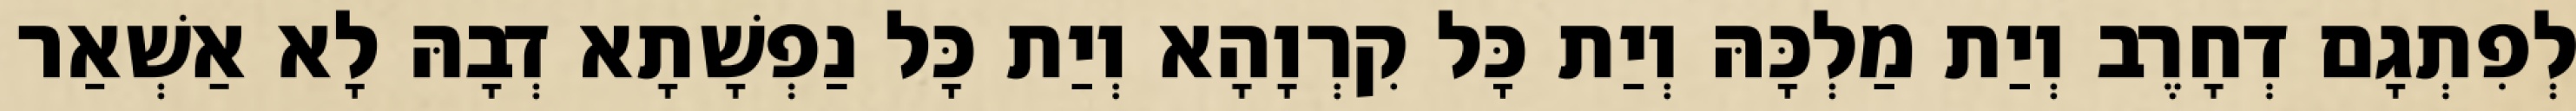
לְפִתְגָם דְחָרֶב וְיַת מַלְכָּהּ וְיַת כָּל קִרְוָהָא וְיַת כָּל נַפְשָׁתָא דְבָהּ לָא אַשְׁאַר